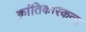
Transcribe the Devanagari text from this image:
क्रांतिकारकत्व